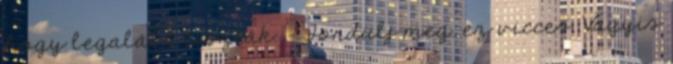
hogy legalább tiszták. - Fordulj meg. ez vicces. Vagyis